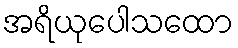
အရိယုပေါသထော